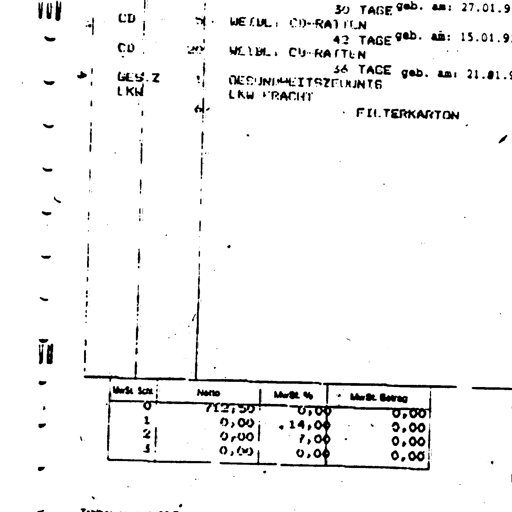
VOW
CD 4 37 30 TAGE geb. am: 27.01.9
WEIBL. CD-RATTEN
42 TAGE geb. am: 15.01.9
WEIBL. CD-RATTEN
56 TAGE geb. am: 21.01.9
GESUNDHEITSZEUGNIS
LKW FRACHT
FILTERKARTON
CD 289
GES.Z 1 4
LKW 6
MwSt Schl Netto MwSt % MwSt Betrag
0 712,50 0,00 0,00
1 0,00 14,00 0,00
2 0,00 7,00 0,00
3 0,00 0,00 0,00